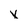
Character: v